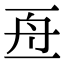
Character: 𠄭